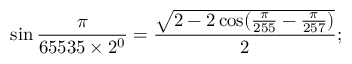
\sin { \frac { \pi } { 6 5 5 3 5 \times 2 ^ { 0 } } } = { \frac { \sqrt { 2 - 2 \cos ( { \frac { \pi } { 2 5 5 } } - { \frac { \pi } { 2 5 7 } } ) } } { 2 } } ;